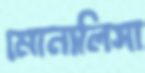
মোনালিসা